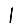
Digit: 1